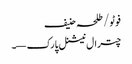
فوٹو/ طلحہ حنیف
چترال نیشنل پارک—۔